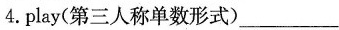
4.play(第三人称单数形式)___。